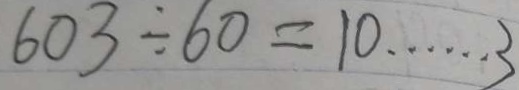
6 0 3 \div 6 0 = 1 0 \cdots 3